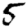
Digit: 5